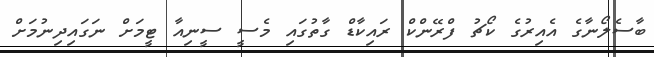
ބާސެލޯނާގެ އެއިރުގެ ކޯޗު ފްރޭންކް ރައިކާޑް ގާތުގައި މެސީ ސީނިއާ ޓީމަށް ނަގައިދިނުމަށް